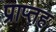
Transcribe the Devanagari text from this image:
प्राप्तह